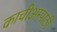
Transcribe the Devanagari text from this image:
काचीअम्पाठी